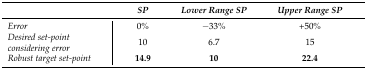
<table><thead><tr><td><b><i></i></b></td><td><b><i>SP</i></b></td><td><b><i>Lower Range SP</i></b></td><td><b><i>Upper Range SP</i></b></td></tr></thead><tbody><tr><td><i>Error</i></td><td>0%</td><td>−33%</td><td>+50%</td></tr><tr><td><i>Desired set-point considering error</i></td><td>10</td><td>6.7</td><td>15</td></tr><tr><td><i>Robust target set-point</i></td><td><b>14.9</b></td><td><b>10</b></td><td><b>22.4</b></td></tr></tbody></table>